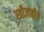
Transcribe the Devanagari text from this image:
स्त्रीजातीचे